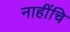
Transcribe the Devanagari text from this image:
नाहींचि